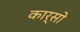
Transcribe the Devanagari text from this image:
कार्सो